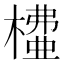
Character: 𣙶